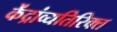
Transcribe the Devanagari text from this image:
केंद्रांव्यतिरिक्त